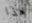
هذا